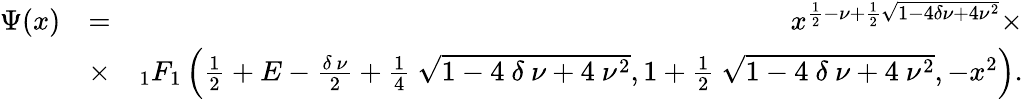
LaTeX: \begin{array}{rlr}{\Psi(x)}&{=}&{x^{\frac{1}{2}-\nu+\frac{1}{2}\sqrt{1-4\delta\nu+4\nu^{2}}}\times}\\ &{\times}&{_{1}F_{1}\left(\frac{1}{2}+E-\frac{\delta~\nu}{2}+\frac{1}{4}~\sqrt{1-4~\delta~\nu+4~\nu^{2}},1+\frac{1}{2}~\sqrt{1-4~\delta~\nu+4~\nu^{2}},-x^{2}\right).}\end{array}